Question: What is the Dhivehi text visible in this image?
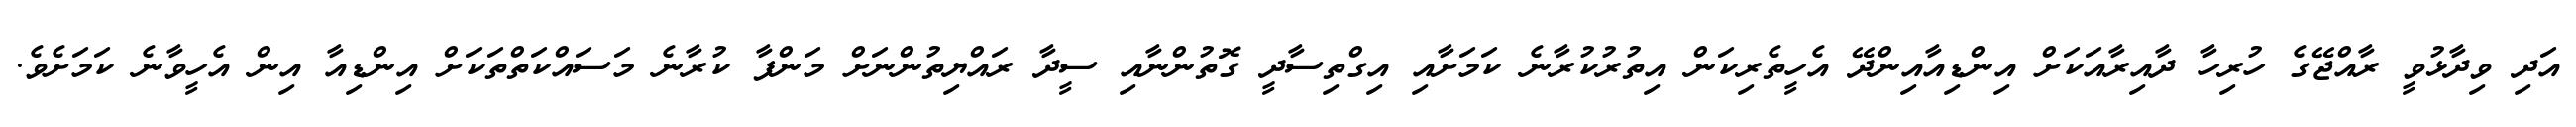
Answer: އަދި ވިދާޅުވީ ރާއްޖޭގެ ހުރިހާ ދާއިރާއަކަށް އިންޑިއާއިންދޭ އެހީތެރިކަން އިތުރުކުރާނެ ކަމަށާއި އިގްތިސާދީ ގޮތުންނާއި ސީދާ ރައްޔިތުންނަށް މަންފާ ކުރާނެ މަސައްކަތްތަކަށް އިންޑިއާ އިން އެހީވާނެ ކަމަށެވެ.